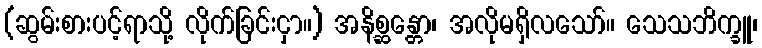
(ဆွမ်းစားပင့်ရာသို့ လိုက်ခြင်းငှာ။) အနိစ္ဆန္တော၊ အလိုမရှိလသော်။ သေသဘိက္ခူ၊